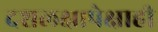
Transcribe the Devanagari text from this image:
दशलक्षापेक्षाही